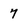
Character: 7